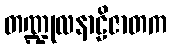
တဏ္ဍုလနာဠိဇာတက